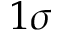
1 \sigma